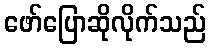
ဖော်ပြောဆိုလိုက်သည်